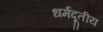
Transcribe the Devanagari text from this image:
धर्मदूतीय